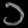
Digit: ၁